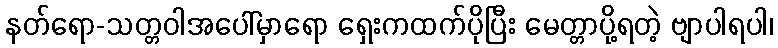
နတ်ရော-သတ္တဝါအပေါ်မှာရော ရှေးကထက်ပိုပြီး မေတ္တာပို့ရတဲ့ ဗျာပါရပါ၊